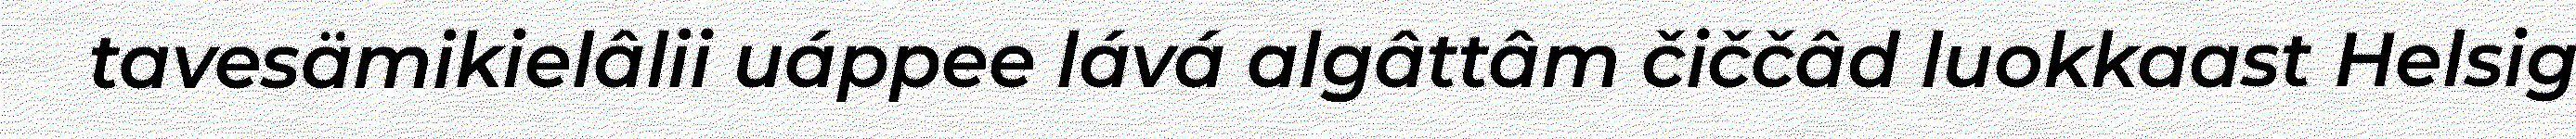
tavesämikielâlii uáppee lává algâttâm čiččâd luokkaast Helsig